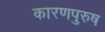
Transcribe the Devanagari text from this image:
कारणपुरुष